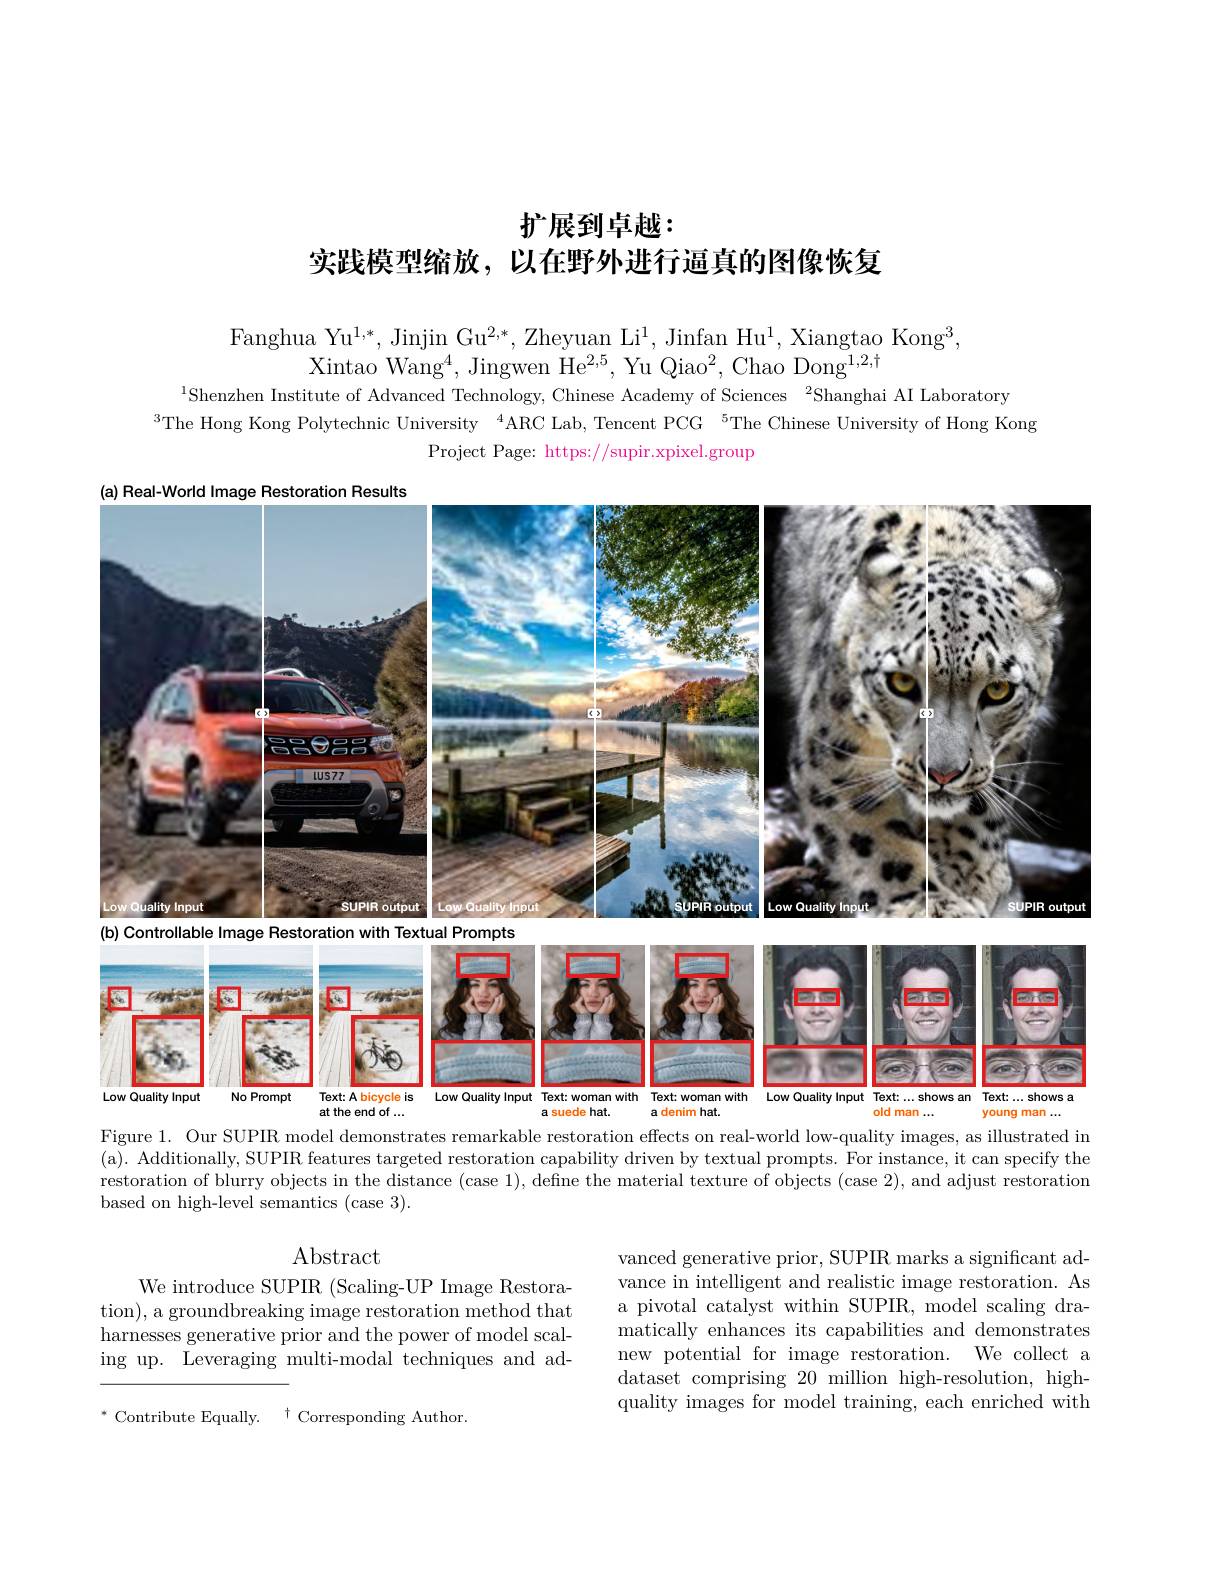
# 扩展到卓越： 实践模型缩放，以在野外进行逼真的图像恢复

Fanghua Yu$^1,*$,Jinjin Gu$^2,*$,Zheyuan Li$^1$,Jinfan Hu$^1$,Xiangtao Kong$^3$,
Xintao Wang$^4$,Jingwen He$^2,5$, Yu Qiao$^2$,Chao Dong$^1,2,\dagger$

$^{1}$Shenzhen Institute of Advanced Technology, Chinese Academy of Sciences $^2$Shanghai AI Laboratory
$^{3}$The Hong Kong Polytechnic University $^{4}$ARC Lab, Tencent PCG $^{5}$The Chinese University of Hong Kong
Project Page: https://supir.xpixel.group

<FigureHere>
Figure 1. Our SUPIR model demonstrates remarkable restoration effects on real-world low-quality images, as illustrated in

(a). Additionally, SUPIR features targeted restoration capability driven by textual prompts. For instance, it can specify the restoration of blurry objects in the d based on high-level semantics (case 3)

$\operatorname{Abstract}$

We introduce SUPIR (Scaling-UP Image Restoration), a groundbreaking image restoration method that harnesses generative prior and the power of model scaling up. Leveraging multi-modal techniques and ad-

vanced generative prior, SUPIR marks a significant advance in intelligent and realistic image restoration. As a pivotal catalyst within SUPIR, model scaling dramatically enhances its capabilities an new potential for image restoration. We collect a dataset comprising 20 million high-resolution, highquality images for model training, each enriched with

$^{\dagger}$ Corresponding Author.
$^{*}$Contribute Equally.